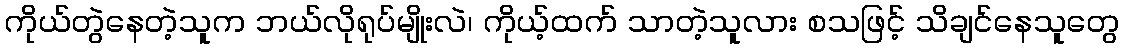
ကိုယ်တွဲနေတဲ့သူက ဘယ်လိုရုပ်မျိုးလဲ၊ ကိုယ့်ထက် သာတဲ့သူလား စသဖြင့် သိချင်နေသူတွေ